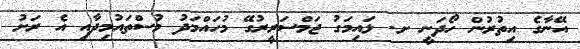
އޭނާގެ އިތުރުން ހޯދަނީ ށ. ޅައިމަގު ޖަމްސަރީރުގޭ މުހައްމަދު މުސްތައުމިދާއި އެ ރަށު